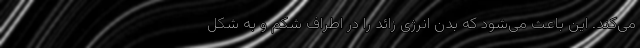
می‌کند. این باعث می‌شود که بدن انرژی زائد را در اطراف شکم و به شکل